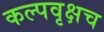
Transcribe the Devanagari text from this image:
कल्पवृक्षच